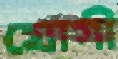
যোগী